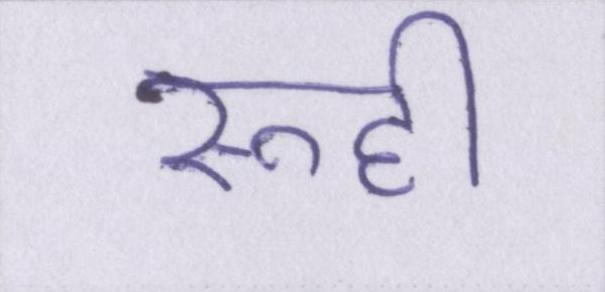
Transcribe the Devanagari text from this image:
रूही